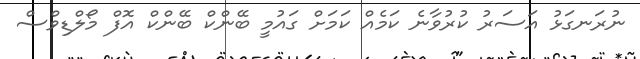
ނުރަނގަޅު އަސަރު ކުރުވާނެ ކަމެއް ކަމަށް ގައުމީ ބޭންކް ބޭންކް އޮފް މޯލްޑިވްސް